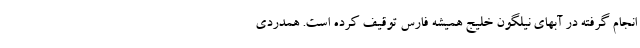
انجام گرفته در آبهای نیلگون خلیج همیشه فارس توقیف کرده است. همدردی